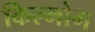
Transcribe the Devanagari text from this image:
किल्मोग